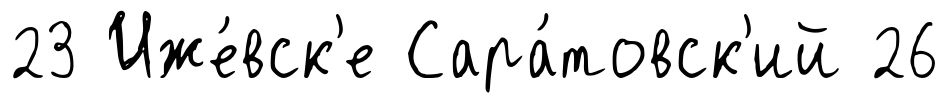
23 Иже́вск'е Сара́товск'ий 26